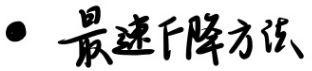
$\bullet$ 最速下降方法